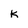
Character: K